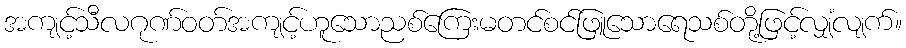
အကျင့်သီလဂုဏ်ဝတ်အကျင့်ဟူသောညစ်ကြေးမတင်စင်ဖြူသောရေသစ်တို့ဖြင့်လျှံလျက်။